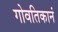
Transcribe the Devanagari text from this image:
गोवतिकानं